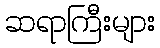
ဆရာကြီးများ